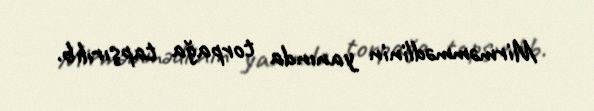
Mirməmmədlinin yanında torpağa tapşırılıb.